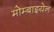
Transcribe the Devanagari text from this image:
मोम्बाइयेन